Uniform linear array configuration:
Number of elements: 12
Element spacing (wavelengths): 0.5
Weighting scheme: exponential
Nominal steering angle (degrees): -45
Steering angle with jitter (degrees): -43.271
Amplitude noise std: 0.05
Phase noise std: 0.05

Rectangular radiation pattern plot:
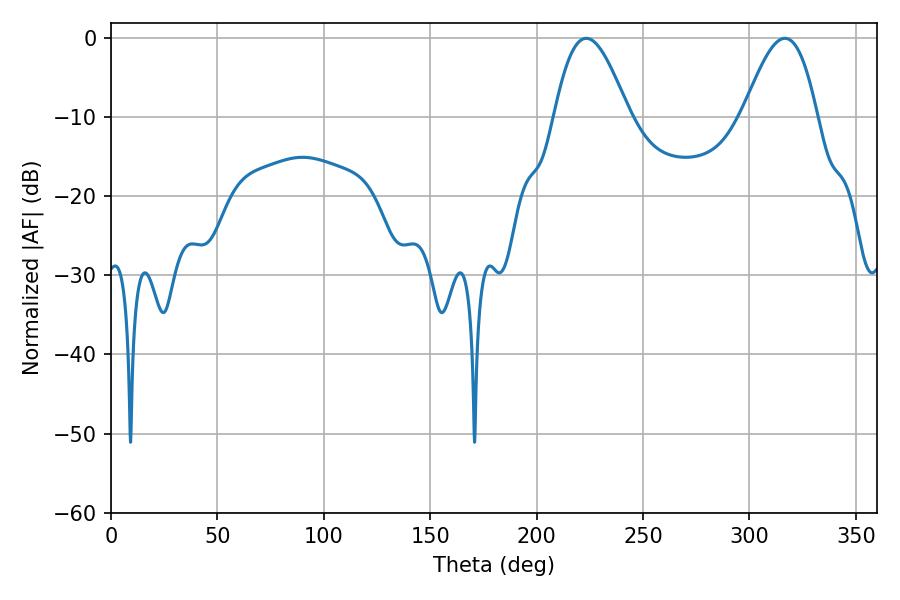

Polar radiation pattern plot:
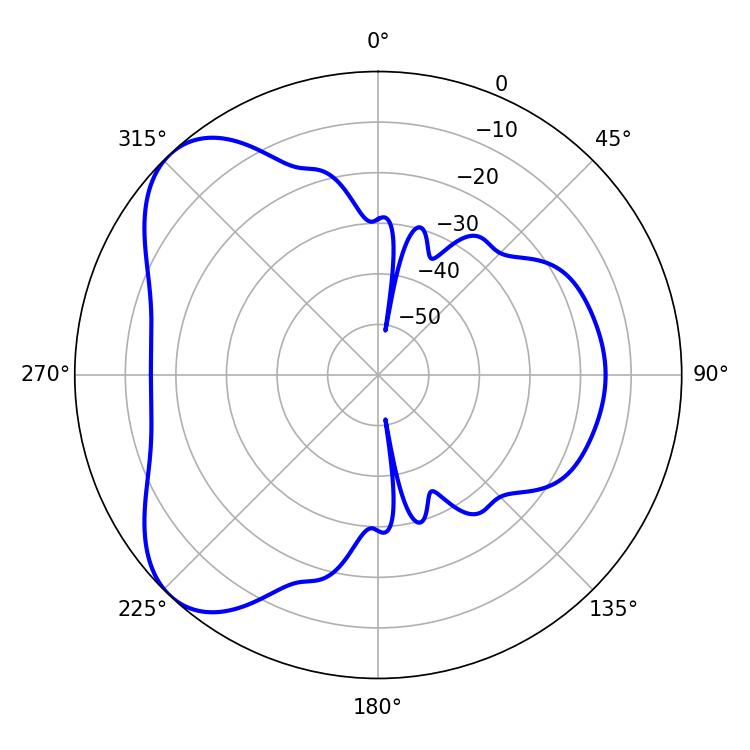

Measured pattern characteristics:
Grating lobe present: FALSE
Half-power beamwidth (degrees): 18.72
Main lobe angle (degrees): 223.38